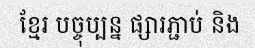
ខ្មែរ បច្ចុប្បន្ន ផ្សារភ្ជាប់ និង